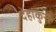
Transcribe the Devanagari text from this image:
देहांकुरों